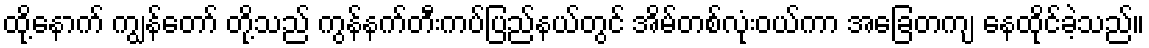
ထို့နောက် ကျွန်တော် တို့သည် ကွန်နက်တီးကပ်ပြည်နယ်တွင် အိမ်တစ်လုံးဝယ်ကာ အခြေတကျ နေထိုင်ခဲ့သည်။